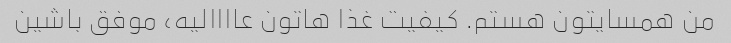
من همسایتون هستم. کیفیت غذا هاتون عاااالیه، موفق باشین